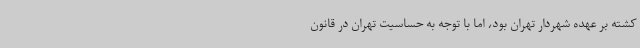
کشته بر عهده شهردار تهران بود، اما با توجه به حساسیت تهران در قانون